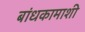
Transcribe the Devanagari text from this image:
बांधकामाशी